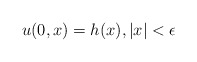
\begin{align*}u(0, x) = h(x), | x| < \epsilon\end{align*}